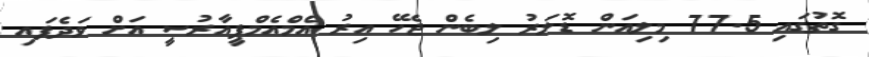
ގޮތުގައި 77.5 މިލިއަން ޑޮލަރު ލިބެން ޖެހޭ އިރު އެމްއެމްޕީއާރުސީ އަށް ވަދެފައި